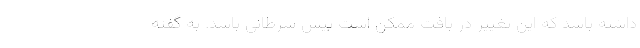
داشته باشد که این تغییر در بافت ممکن است پیش سرطانی باشد. به گفته